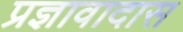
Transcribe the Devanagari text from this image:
प्रज्ञावादास